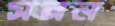
সরন